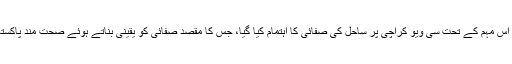
صفائی ستھرائی کی اس مہم کے تحت سی ویو کراچی پر ساحل کی صفائی کا اہتمام کیا گیا، جس کا مقصد صفائی کو یقینی بناتے ہوئے صحت مند پاکستان کو فروغ دینا تھا۔